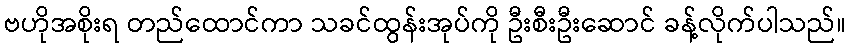
ဗဟိုအစိုးရ တည်ထောင်ကာ သခင်ထွန်းအုပ်ကို ဦးစီးဦးဆောင် ခန့်လိုက်ပါသည်။